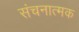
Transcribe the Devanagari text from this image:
संचनात्‍मक